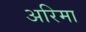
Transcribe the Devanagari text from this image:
अरिमा